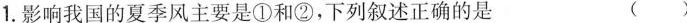
1.影响我国的夏季风主要是①和②，下列叙述正确的是 ()